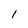
Character: I